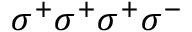
\sigma ^ { + } \sigma ^ { + } \sigma ^ { + } \sigma ^ { - }